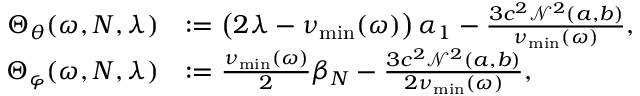
\begin{array} { r l } { \Theta _ { \theta } ( \omega , N , \lambda ) } & { : = \left( 2 \lambda - \nu _ { \operatorname* { m i n } } ( \omega ) \right) \alpha _ { 1 } - \frac { 3 c ^ { 2 } \mathcal { N } ^ { 2 } ( a , b ) } { \nu _ { \operatorname* { m i n } } ( \omega ) } , } \\ { \Theta _ { \varphi } ( \omega , N , \lambda ) } & { : = \frac { \nu _ { \operatorname* { m i n } } ( \omega ) } { 2 } \beta _ { N } - \frac { 3 c ^ { 2 } \mathcal { N } ^ { 2 } ( a , b ) } { 2 \nu _ { \operatorname* { m i n } } ( \omega ) } , } \end{array}